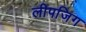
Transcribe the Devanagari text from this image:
लीपजिग